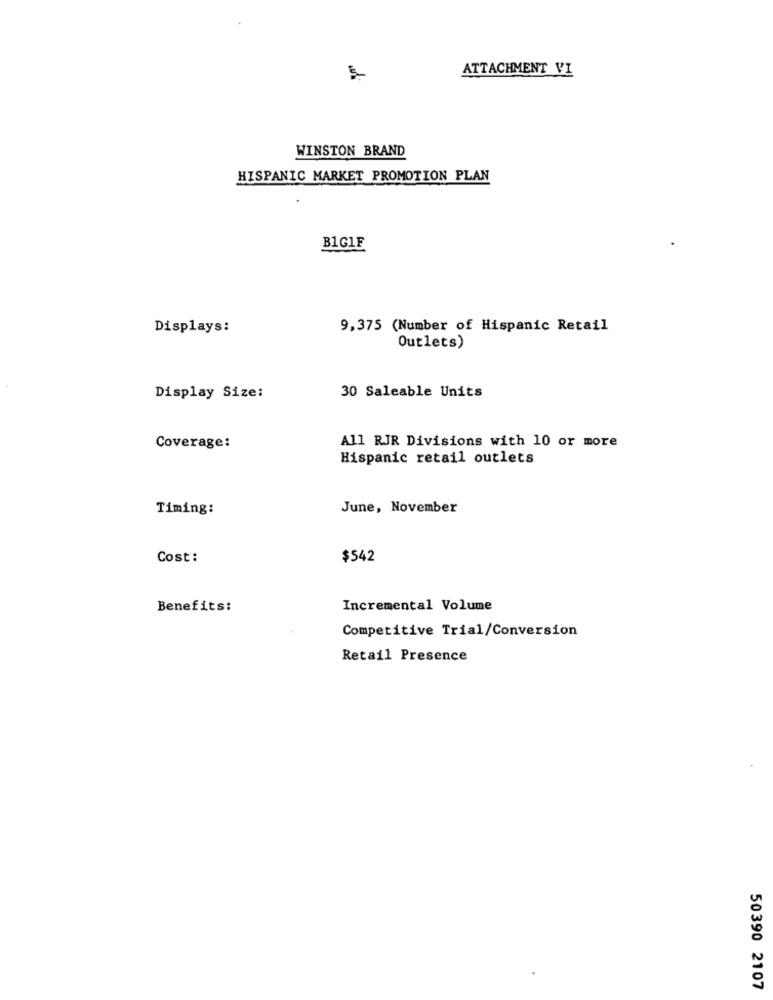
ATTACHMENT VI
WINSTON BRAND
HISPANIC MARKET PROMOTION PLAN
B1GIF
Displays:
9,375 (Number of Hispanic Retail
Outlets)
30 Saleable Units
Display Size:
Coverage:
All RJR Divisions with 10 or more
Hispanic retail outlets
Timing:
June, November
Cost:
$542
Benefits:
Incremental Volume
Competitive Trial/Conversion
Retail Presence
50390 2107